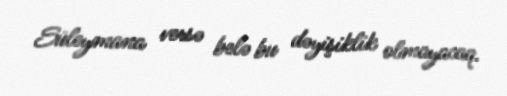
Süleymana versə belə bu dəyişiklik olmayacaq.